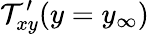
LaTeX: \mathcal{T}_{xy}^{\prime}(y=y_{\infty})